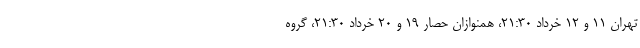
تهران ۱۱ و ۱۲ خرداد ۲۱:۳۰، همنوازان حصار ۱۹ و ۲۰ خرداد ۲۱:۳۰، گروه